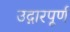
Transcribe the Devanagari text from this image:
उद्गारपूर्ण